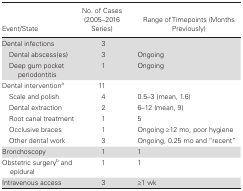
<table><thead><tr><td><b>Event/State</b></td><td><b>No. of Cases (2005–2016 Series)</b></td><td><b>Range of Timepoints (Months Previously)</b></td></tr></thead><tbody><tr><td>Dental infections</td><td>3</td><td></td></tr><tr><td> Dental abscess(es)</td><td>3</td><td>Ongoing</td></tr><tr><td> Deep gum pocket periodontitis</td><td>1</td><td>Ongoing</td></tr><tr><td>Dental intervention<sup>a</sup></td><td>11</td><td></td></tr><tr><td> Scale and polish</td><td>4</td><td>0.5–3 (mean, 1.6)</td></tr><tr><td> Dental extraction</td><td>2</td><td>6–12 (mean, 9)</td></tr><tr><td> Root canal treatment</td><td>1</td><td>5</td></tr><tr><td> Occlusive braces</td><td>1</td><td>Ongoing ≥12 mo, poor hygiene</td></tr><tr><td> Other dental work</td><td>3</td><td>Ongoing, 0.25 mo and “recent”</td></tr><tr><td>Bronchoscopy</td><td>1</td><td>1</td></tr><tr><td>Obstetric surgery<sup>b</sup> and epidural</td><td>1</td><td>1</td></tr><tr><td>Intravenous access</td><td>3</td><td>≥1 wk</td></tr></tbody></table>